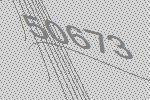
50673